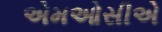
એમઓસીએ